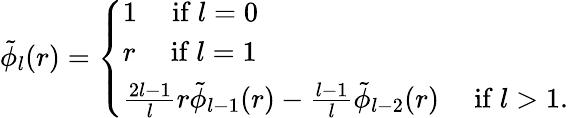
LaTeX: \begin{array}{r}{\tilde{\phi}_{l}(r)=\left\{ \begin{array}{ll}{1\quad\mathrm{~if~}l=0}\\ {r\quad\mathrm{~if~}l=1}\\ {\frac{2l-1}{l}r\tilde{\phi}_{l-1}(r)-\frac{l-1}{l}\tilde{\phi}_{l-2}(r)\quad\mathrm{~if~}l>1.}\end{array}\right.}\end{array}